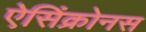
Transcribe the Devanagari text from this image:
ऐसिंक्रोनस